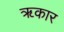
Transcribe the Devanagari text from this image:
ॠकार